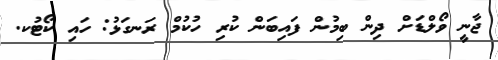
ޖާނީ ވޯލްޑަށް ދިން ބިމުން ފައިބަން ކުރި ހުކުމް ރަނގަޅު: ހައި ކޯޓުކ.